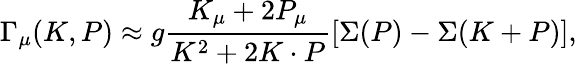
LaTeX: \Gamma_{\mu}(K,P)\approx g\frac{K_{\mu}+2P_{\mu}}{K^{2}+2K\cdot P}\left[\Sigma(P)-\Sigma(K+P)\right],